Annual administration and progress report of the Indian Medical Department, Bombay
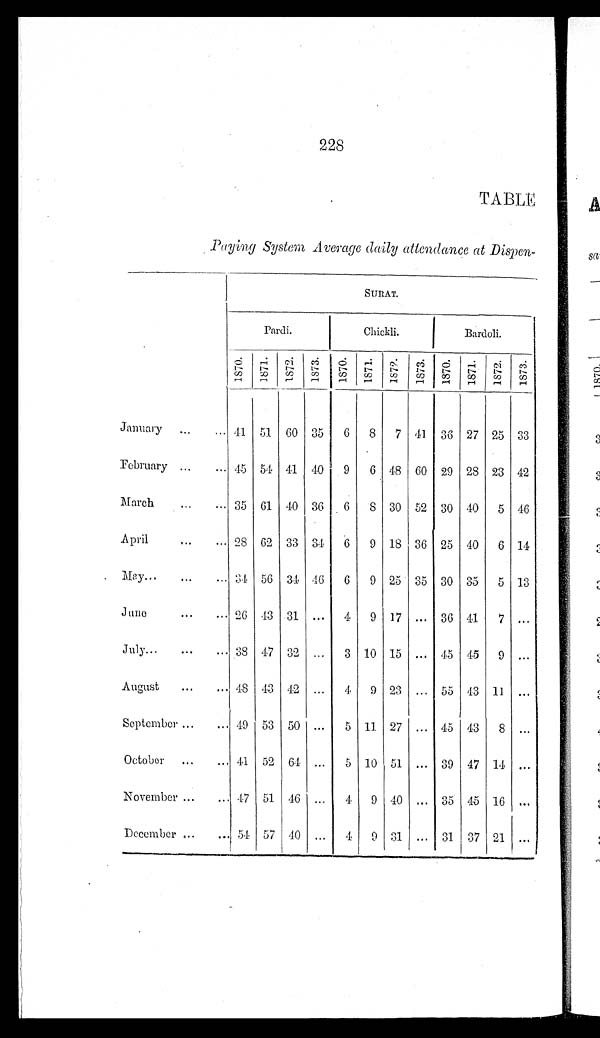
228
TABLE
Paying System Average daily attendance at Dispen-
SURAT.
Pardi.
Chickli.
Bardoli.
1 8 7 0 . 1871. 1872. 1873. 1870. 1871.
1872.
1873.
1870.
1871.
1 8 7 2 .
1873.
January
... ... 41 51 60 35
6
8
7 41 36 27 25 33
February ... ...
45 54 41 40
9
6 48 60 29 28 23 42
March
... ... 35 61 40 36 6
8 30 52 30 40
5 46
April
... 28 62 33 34
6
9 18 36 25 40
6 14
May ...
...
... 34 56 34 46
6
9 25 35 30 35
5 13
June
...
... 26 43 31 ...
4
9 17 ... 36 41
7 ...
July...
...
... 38 47 32 ...
3 10 15 ... 45 45
9 ...
August
...
... 48 43 42 ...
4
9 23 ... 55 43 11 ...
September ...
. . . 49 53 50 ...
5 11 27 ... 45 43
8 ...
October ...
... 41 52 64 ...
5 10 51 ... 39 47 14 ...
November ...
. . . 47 51 46 ...
4
9 40 ... 35 45 16 ...
December ...
... 54 57 40 ...
4
9 31 ... 31 37 21 ...